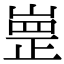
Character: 㟵